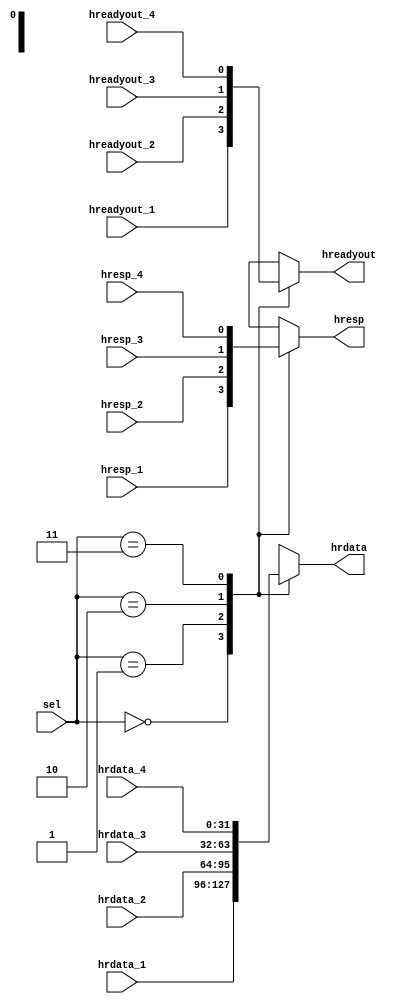
//---------------------------------------------------
// Module Name: multiplexor
// The mux select the data from different slave
// Created on 2020-11-2
//---------------------------------------------------

module multiplexor(
  input [31:0] hrdata_1,
  input [31:0] hrdata_2,
  input [31:0] hrdata_3,
  input [31:0] hrdata_4,
  input hreadyout_1,
  input hreadyout_2,
  input hreadyout_3,
  input hreadyout_4,
  input hresp_1,
  input hresp_2,
  input hresp_3,
  input hresp_4,
  input [1:0] sel,
  output reg [31:0] hrdata,
  output reg hreadyout,
  output reg hresp
);

always @(*) begin
  case(sel)
    2'b00: begin
      hrdata = hrdata_1;
      hreadyout = hreadyout_1;
      hresp = hresp_1;
    end
    2'b01: begin
      hrdata = hrdata_2;
      hreadyout = hreadyout_2;
      hresp = hresp_2;
    end
    2'b10: begin
      hrdata = hrdata_3;
      hreadyout = hreadyout_3;
      hresp = hresp_3;
    end
    2'b11: begin
      hrdata = hrdata_4;
      hreadyout = hreadyout_4;
      hresp = hresp_4;
    end
    default: begin
      hrdata = 32'h0000_0000;
      hreadyout = 1'b0;
      hresp = 1'b0;
    end
  endcase
end

endmodule